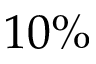
1 0 \%